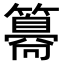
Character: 𥵸